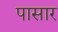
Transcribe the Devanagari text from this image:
पासार